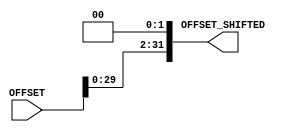
// Computer Architecture (CO224) - Lab 05
// Design: Module to shift
// Group Number : 17

`timescale  1ns/100ps
module shifter(
    input [31:0] OFFSET,
	output reg [31:0] OFFSET_SHIFTED);
	
	always @(OFFSET) begin
		OFFSET_SHIFTED=OFFSET<<2;
	end	  
endmodule